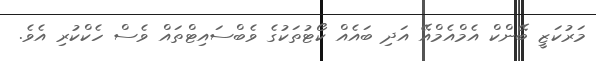
މަރުކަޒީ ބޭންކް އެމްއެމްއޭ އަދި ބައެއް ކޯޓުތަކުގެ ވެބްސައިޓްތައް ވެސް ހެކްކުރި އެވެ.